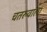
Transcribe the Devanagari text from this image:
चतरुवाला